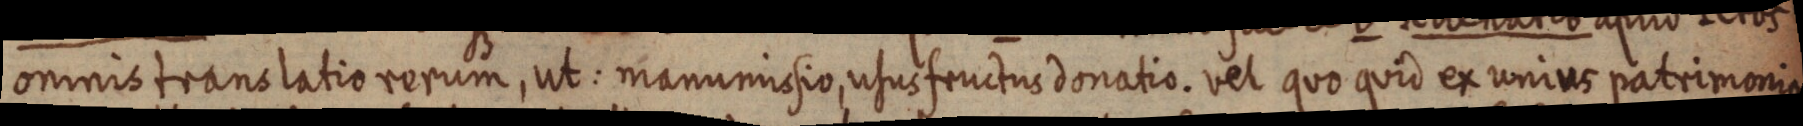
omnis translatio rerum, ut: manumissio, usus fructus donatio. vel quo quid ex unius patrimonio